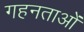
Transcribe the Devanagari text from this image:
गहनताओं